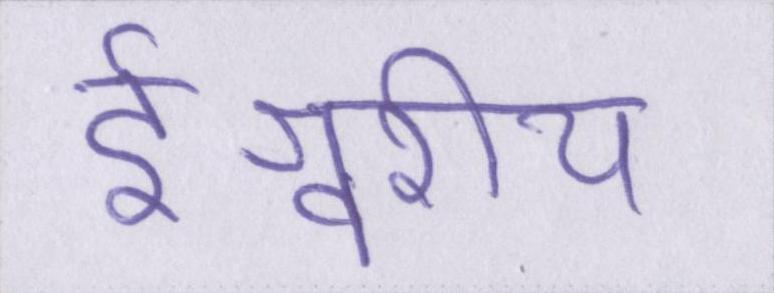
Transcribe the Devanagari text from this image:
ईश्वरीय